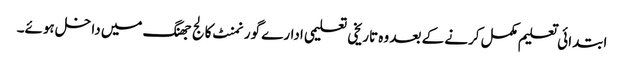
ابتدائی تعلیم مکمل کرنے کے بعد وہ تاریخی تعلیمی ادارے گورنمنٹ کالج جھنگ میں داخل ہوئے۔